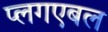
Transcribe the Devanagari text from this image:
प्लगएबल